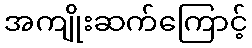
အကျိုးဆက်ကြောင့်